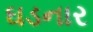
ઘડનાર